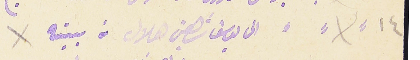
١٤ الى يوسف شاهين هلال من بيته